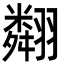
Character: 翷